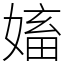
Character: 㜅